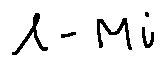
l - M i